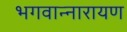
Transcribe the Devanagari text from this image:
भगवान्नारायण